Indian journal of veterinary science and animal husbandry - Volume 2,
Year: 1932
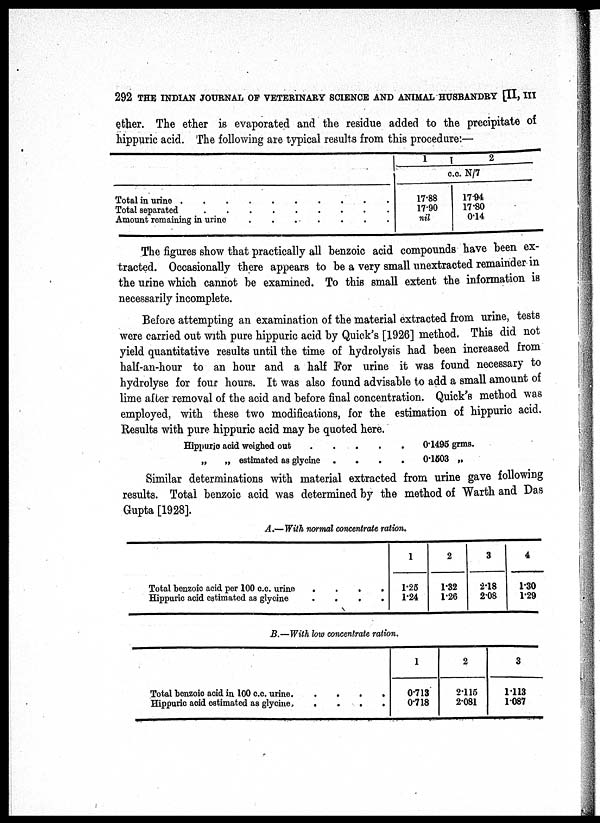
292 THE INDIAN JOURNAL OF VETERINARY SCIENCE AND ANIMAL HUSBANDRY [II, III
ether. The ether is evaporated and the residue added to the precipitate of
hippuric acid. The following are typical results from this procedure:—
Total in urine
Total separated
Amount remaining in urine
.......
1
2
c.c. N/7
17.88
17.90
nil
17.94
17.80
0.14
The figures show that practically all benzoic acid compounds have been ex-
tracted. Occasionally there appears to be a very small unextracted remainder in
the urine which cannot be examined. To this small extent the information is
necessarily incomplete.
Before attempting an examination of the material extracted from urine, tests
were carried out with pure hippuric acid by Quick's [1926] method. This did not
yield quantitative results until the time of hydrolysis had been increased from
half-an-hour to an hour and a half For urine it was found necessary to
hydrolyse for four hours. It was also found advisable to add a small amount of
lime after removal of the acid and before final concentration. Quick's method was
employed, with these two modifications, for the estimation of hippuric acid.
Results with pure hippuric acid may be quoted here.
Hippuric acid weighed out.
„
„ estimated as glycine .
.
.
.
.
.
.
0.1495 grms.
0.1503 „
Similar determinations with material extracted from urine gave following
results. Total benzoic acid was determined by the method of Warth and Das
Gupta [1928].
A.—With normal concentrate ration.
Total benzoic acid per 100 c.c. urine
....
Hippuric acid estimated as glycine
....
1
1.25
1.24
2
1.32
1.26
3
2.18
2.08
4
1.30
1.29
B.—With low concentrate ration.
Total benzoic acid in 100 c.c. urine.
....
Hippuric acid estimated as
glycine.
....
1
0.713
0.718
2
2.115
2.081
3
1.113
1.087